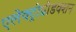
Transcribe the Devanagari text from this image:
एलेक्ट्रोप्रोडक्शन